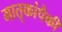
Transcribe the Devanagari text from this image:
मातृकांपैकी